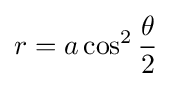
r=a\cos ^{2}{\theta  \over 2}